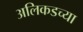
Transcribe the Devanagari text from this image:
अलिकडच्‍या